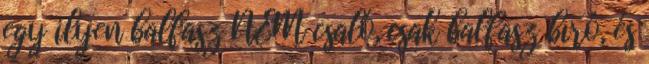
egy ilyen balfasz NEM csaló, csak balfasz bíró, és